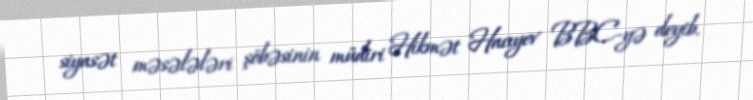
siyasət məsələləri şöbəsinin müdiri Hikmət Hacıyev BBC-yə deyib.